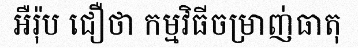
អឺរ៉ុប ជឿថា កម្មវិធីចម្រាញ់ធាតុ